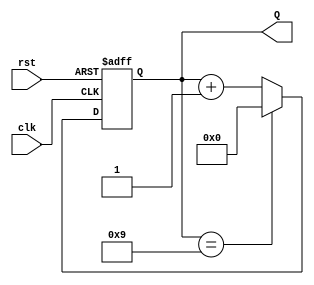
module decade_counter (
    input wire clk,       // Clock input
    input wire rst,       // Reset input
    output reg [3:0] Q    // 4-bit output for the counter
);

    // Always block triggered on the rising edge of the clock
    always @(posedge clk or posedge rst) begin
        if (rst) begin
            // If reset is asserted, set counter to 0
            Q <= 4'b0000;
        end else begin
            // Increment counter
            if (Q == 4'b1001) begin
                // If counter reaches 9 (1001), reset to 0
                Q <= 4'b0000;
            end else begin
                // Otherwise increment the counter
                Q <= Q + 1;
            end
        end
    end

endmodule